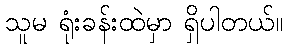
သူမ ရုံးခန်းထဲမှာ ရှိပါတယ်။